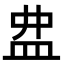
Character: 𥁖